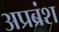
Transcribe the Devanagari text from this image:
अप्रब्रंश